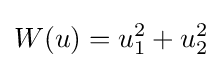
W(u)=u_{1}^{2}+u_{2}^{2}